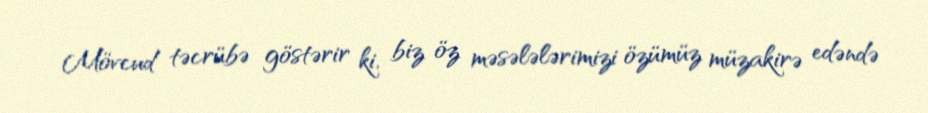
Mövcud təcrübə göstərir ki, biz öz məsələlərimizi özümüz müzakirə edəndə